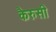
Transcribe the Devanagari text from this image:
कैरुसी